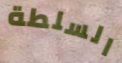
السلطة